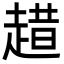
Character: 趞